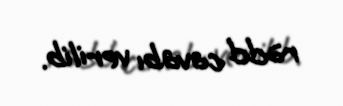
rədd cavabı verilib.